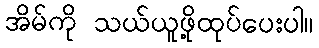
အိမ်ကို သယ်ယူဖို့ထုပ်ပေးပါ။